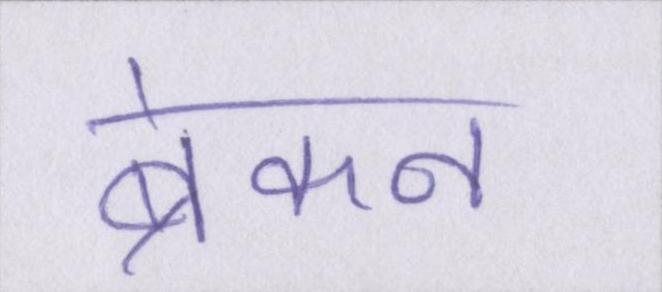
ब्रेकन